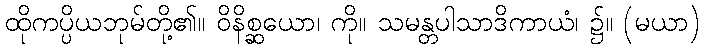
ထိုကပ္ပိယဘုမ်တို့၏။ ဝိနိစ္ဆယော၊ ကို။ သမန္တပါသာဒိကာယံ၊ ၌။ (မယာ)